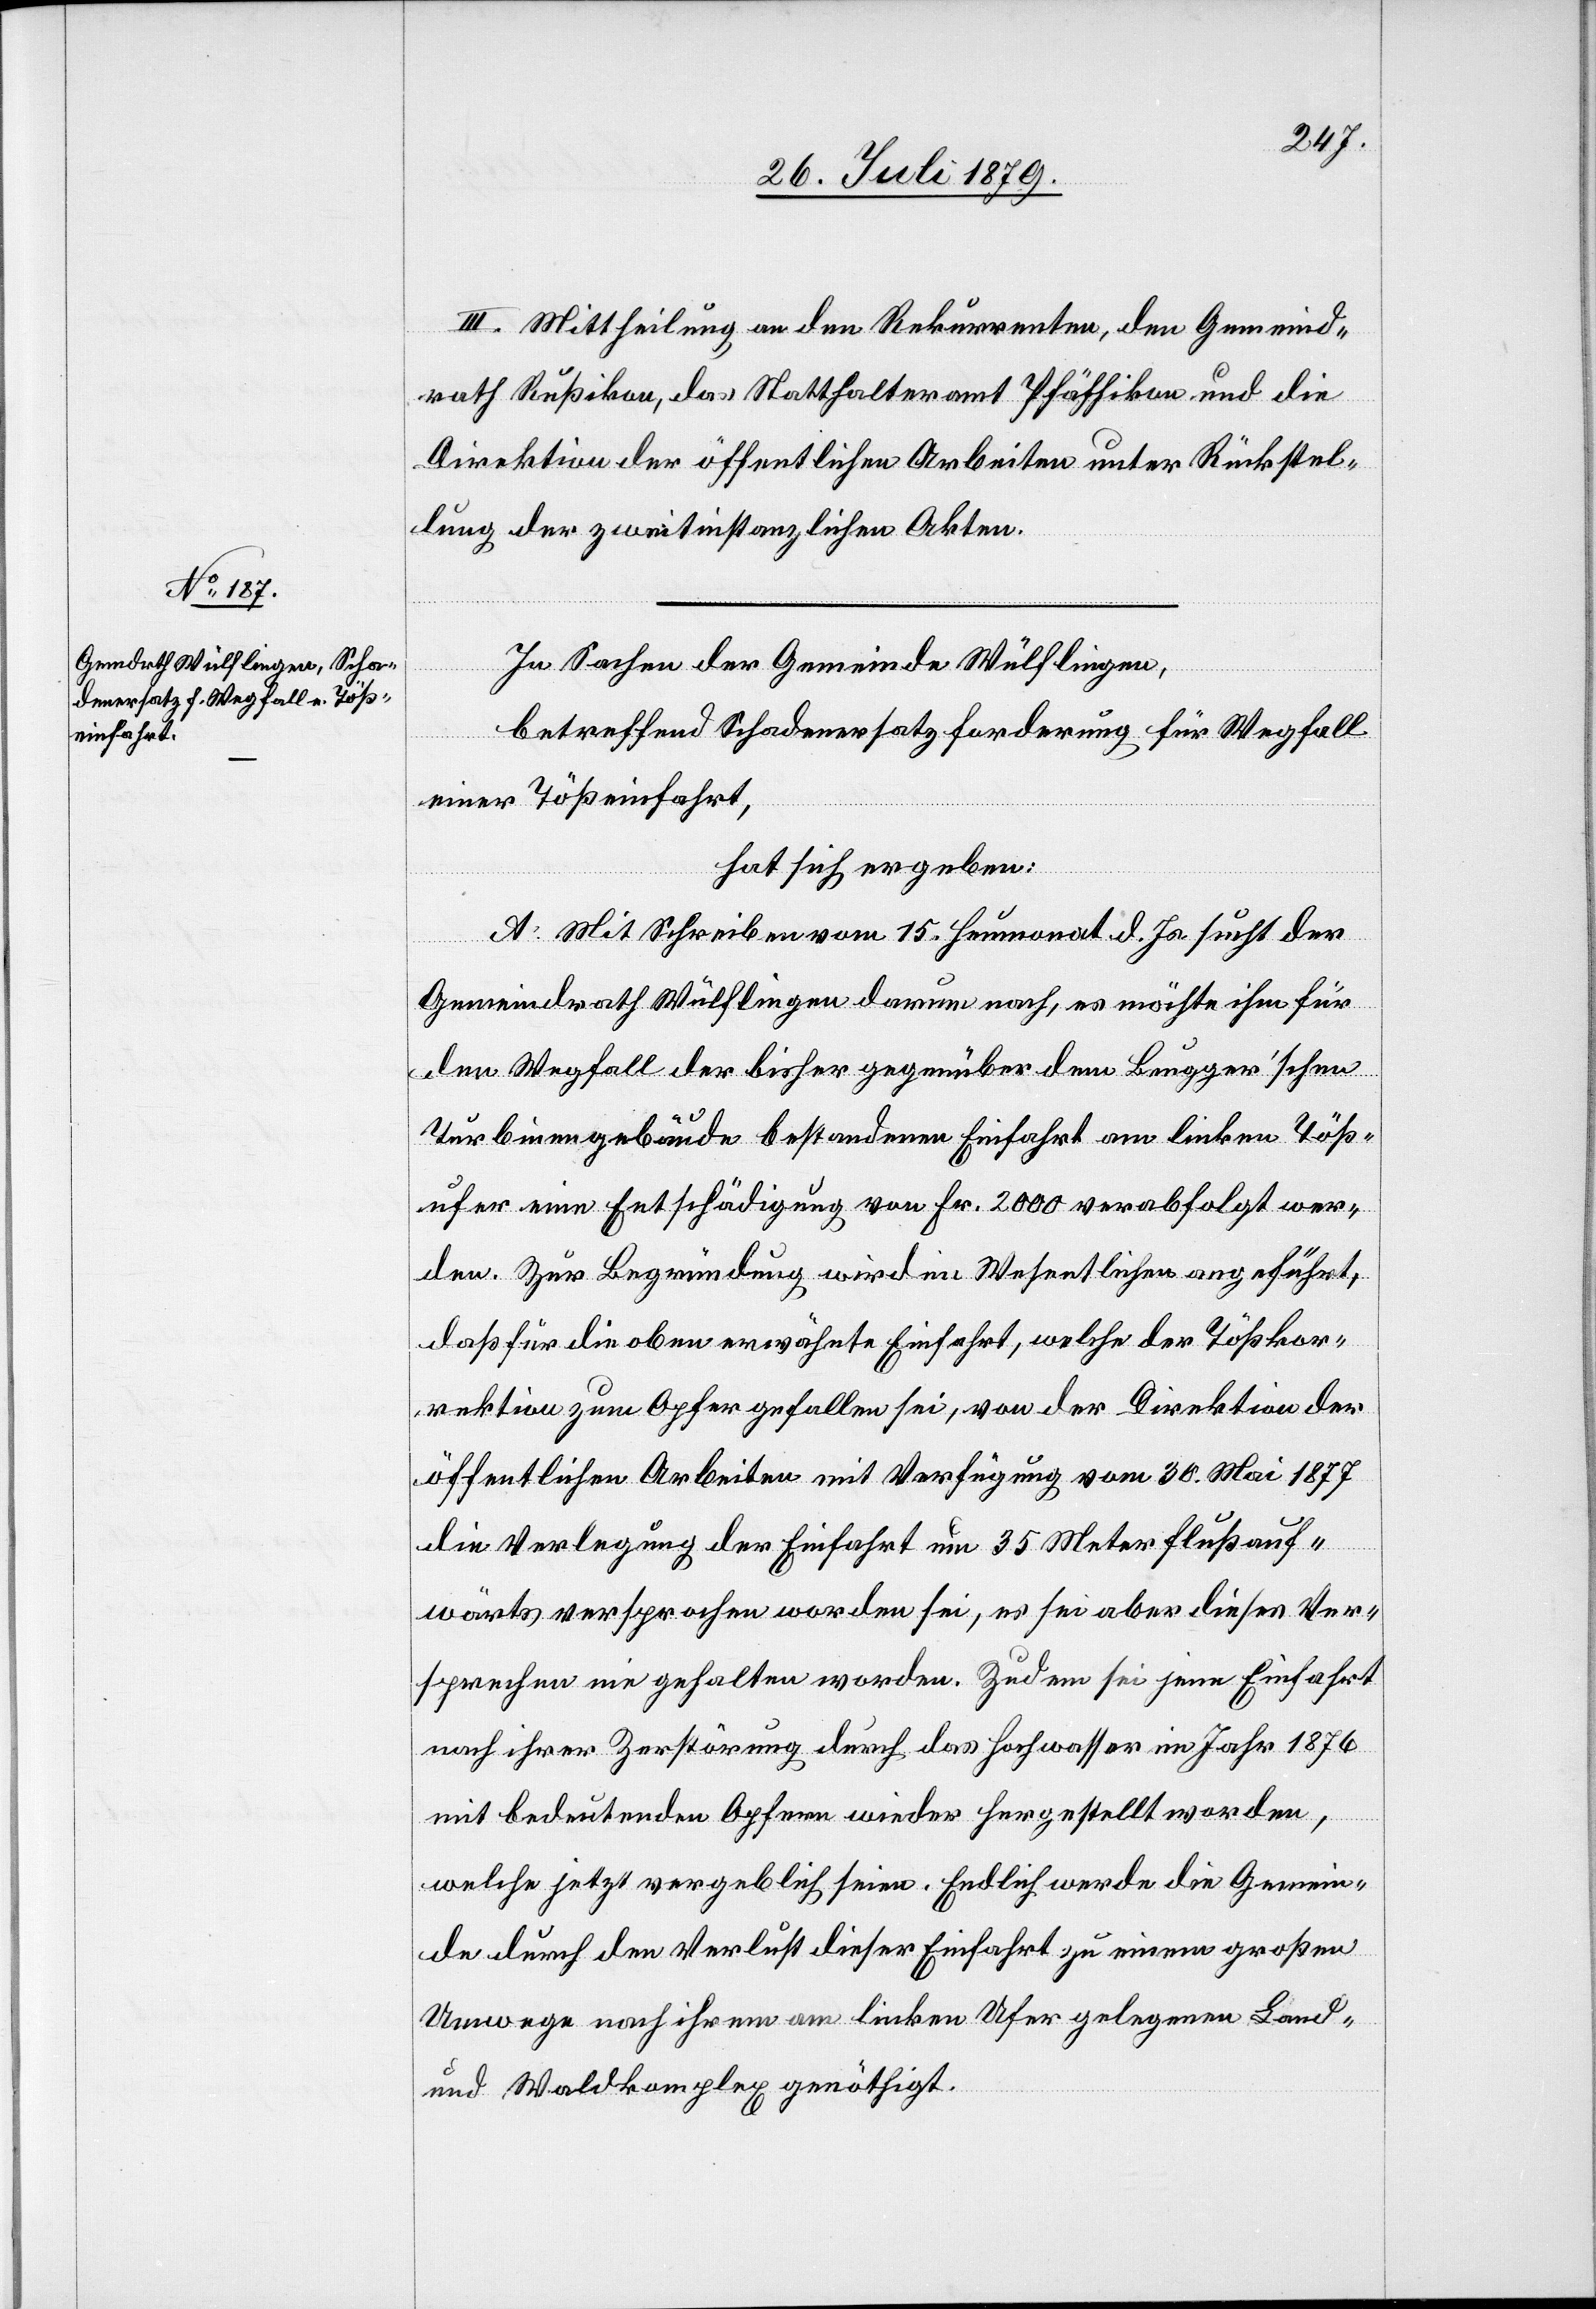
III. Mittheilung an den Rekurrenten, den Gemeind¬
rath Rußikon, das Statthalteramt Pfäffikon und die
Direktion der öffentlichen Arbeiten unter Rückstel¬
lung der zweitinstanzlichen Akten.
In Sachen der Gemeinde Wülflingen,
betreffend Schadenersatzforderung für Wegfall
einer Tößeinfahrt,
hat sich ergeben:
A. Mit Schreiben vom 15. Heumonat d. Js. sucht der
Gemeindrath Wülflingen darum nach, es möchte ihm für
den Wegfall der bisher gegenüber dem Brugger’schen
Turbinengebäude bestandenen Einfahrt am linken Töß¬
ufer eine Entschädigung von Fr. 2000 verabfolgt wer¬
den. Zur Begründung wird im Wesentlichen angeführt,
daß für die oben erwähnte Einfahrt, welche der Tößkor¬
rektion zum Opfer gefallen sei, von der Direktion der
öffentlichen Arbeiten mit Verfügung vom 30. Mai 1877
die Verlegung der Einfahrt um 35 Meter flussauf¬
wärts versprochen worden sei, es sei aber dieses Ver¬
sprechen eingehalten worden. Zudem sei jene Einfahrt
nach ihrer Zerstörung durch das Hochwasser im Jahr 1876
mit bedeutenden Opfern wieder hergestellt worden,
welche jetzt vergeblich seien. Endlich werde die Gemein¬
de durch den Verlust dieser Einfahrt zu einem großen
Umwege nach ihrem am linken Ufer gelegenen Land-
und Waldkomplex genöthigt.